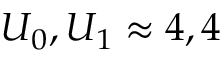
U _ { 0 } , U _ { 1 } \approx 4 , 4